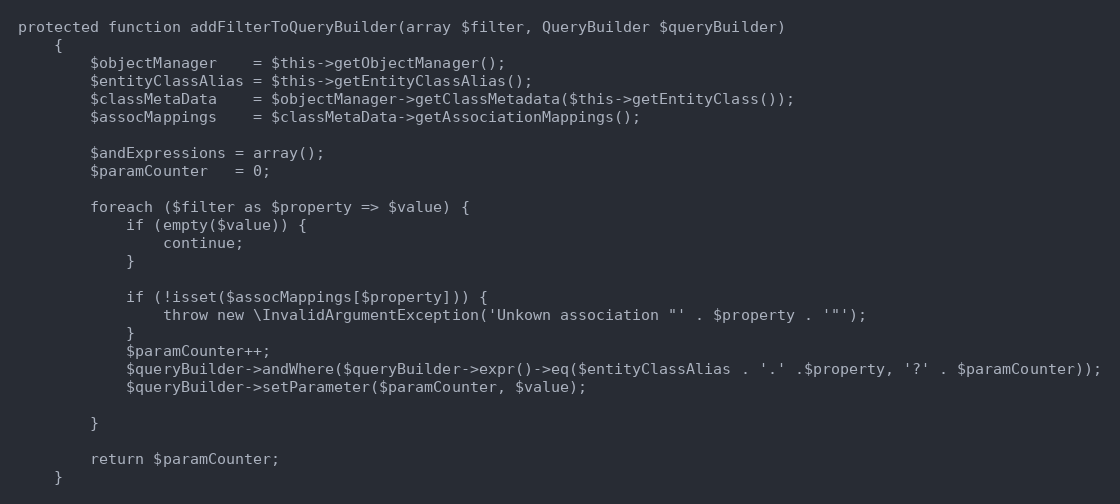
Language: PHP
protected function addFilterToQueryBuilder(array $filter, QueryBuilder $queryBuilder)
    {
        $objectManager    = $this->getObjectManager();
        $entityClassAlias = $this->getEntityClassAlias();
        $classMetaData    = $objectManager->getClassMetadata($this->getEntityClass());
        $assocMappings    = $classMetaData->getAssociationMappings();

        $andExpressions = array();
        $paramCounter   = 0;

        foreach ($filter as $property => $value) {
            if (empty($value)) {
                continue;
            }

            if (!isset($assocMappings[$property])) {
                throw new \InvalidArgumentException('Unkown association "' . $property . '"');
            }
            $paramCounter++;
            $queryBuilder->andWhere($queryBuilder->expr()->eq($entityClassAlias . '.' .$property, '?' . $paramCounter));
            $queryBuilder->setParameter($paramCounter, $value);

        }

        return $paramCounter;
    }